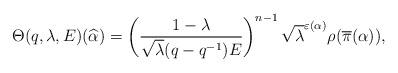
LaTeX: \begin{align*}\Theta(q, \lambda, E) (\widehat{\alpha}) = \left( \frac{1 - \lambda}{\sqrt{\lambda} (q-q^{-1}) E} \right )^{n-1} \sqrt{\lambda}^{\varepsilon(\alpha)} \rho(\overline\pi(\alpha)),\end{align*}